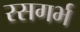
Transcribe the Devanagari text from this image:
रसगर्भ